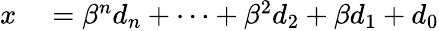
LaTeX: \begin{array}{rl}{x}&{{}=\beta^{n}d_{n}+\cdots+\beta^{2}d_{2}+\beta d_{1}+d_{0}}\end{array}